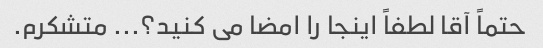
حتماً آقا لطفاً اینجا را امضا می کنید؟... متشکرم.